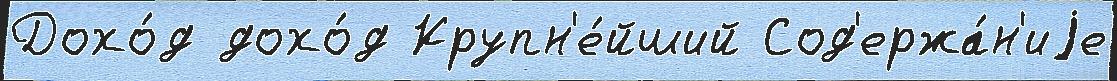
Дохо́д дохо́д Крупн'е́йший Сод'ержа́н'иjе